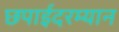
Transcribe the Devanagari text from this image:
छपाईदरम्यान